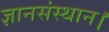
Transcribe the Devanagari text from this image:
ज्ञानसंस्थान।